Indian journal of veterinary science and animal husbandry - Volumes 26-27, 1956-1957
Year: 1956
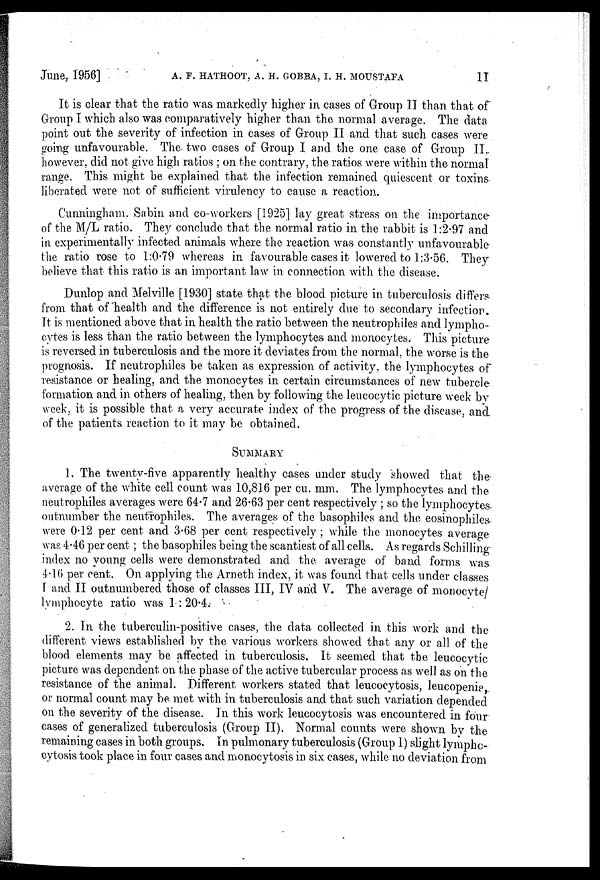
June, 1956] A. F. HATHOOT, A. H. GOBBA, I. H. MOUSTAFA 11
It is clear that the ratio was markedly higher in cases of Group II than that of
Group I which also was comparatively higher than the normal average. The data
point out the severity of infection in cases of Group II and that such cases were
going unfavourable. The two cases of Group I and the one case of Group II.
however, did not give high ratios ; on the contrary, the ratios were within the normal
range. This might be explained that the infection remained quiescent or toxins
liberated were not of sufficient virulency to cause a reaction.
Cunningham. Sabin and co-workers [1925] lay great stress on the importance
of the M/L ratio. They conclude that the normal ratio in the rabbit is 1:2.97 and
in experimentally infected animals where the reaction was constantly unfavourable
the ratio rose to 1:0.79 whereas in favourable cases it lowered to 1:3.56. They
believe that this ratio is an important law in connection with the disease.
Dunlop and Melville [1930] state that the blood picture in tuberculosis differs
from that of "health and the difference is not entirely due to secondary infection.
It is mentioned above that in health the ratio between the neutrophiles and lympho-
cytes is less than the ratio between the lymphocytes and monocytes. This picture
is reversed in tuberculosis and the more it deviates from the normal, the worse is the
prognosis. If neutrophiles be taken as expression of activity, the lymphocytes of
resistance or healing, and the monocytes in certain circumstances of new tubercle
formation and in others of healing, then by following the leucocytic picture week by
week, it is possible that a very accurate index of the progress of the disease, and
of the patients reaction to it may be obtained.
SUMMARY
1. The twenty-five apparently healthy cases under study showed that the
average of the white cell count was 1.0,816 per cu. mm. The lymphocytes and the
neutrophiles averages were 64.7 and 26.63 per cent respectively ; so the lymphocytes
outnumber the neutrophiles. The averages of the basophiles and the eosinophiles
were 0.12 per cent and 3.68 per cent respectively ; while the monocytes average
was 4.46 per cent ; the basophiles being the scantiest of all cells. As regards Schilling
index no young cells were demonstrated and the average of band forms was
4.16 per cent. On applying the Arneth index, it was found that cells under classes
I and II outnumbered those of classes III, IV and V. The average of monocyte/
lymphocyte ratio was 1 : 20.4.
2. In the tuberculin-positive cases, the data collected in this work and the
different views established by the various workers showed that any or all of the
blood elements may be affected in tuberculosis. It seemed that the leucocytic
picture was dependent on the phase of the active tubercular process as well as on the
resistance of the animal. Different workers stated that leucocytosis, leucopenia,
or normal count may be met with in tuberculosis and that such variation depended
on the severity of the disease. In this work leucocytosis was encountered in four
cases of generalized tuberculosis (Group II). Normal counts were shown by the
remaining cases in both groups. In pulmonary tuberculosis (Group I) slight lympho-
cytosis took place in four cases and monocytosis in six cases, while no deviation from